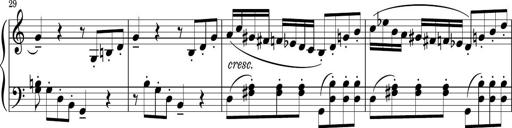
Title: Sonatina PandemÃ³nium
Composer: VÃ­ctor Carbajo
Key: C major